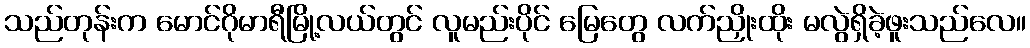
သည်တုန်းက မောင်ဂိုမာရီမြို့လယ်တွင် လူမည်းပိုင် မြေတွေ လက်ညှိုးထိုး မလွဲရှိခဲ့ဖူးသည်လေ။